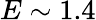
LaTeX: E\sim 1.4